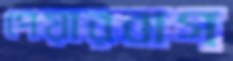
পেয়ারবাগ